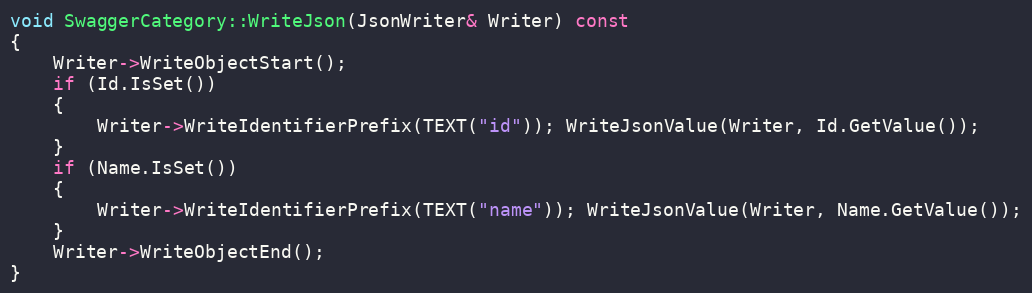
Language: C++
void SwaggerCategory::WriteJson(JsonWriter& Writer) const
{
	Writer->WriteObjectStart();
	if (Id.IsSet())
	{
		Writer->WriteIdentifierPrefix(TEXT("id")); WriteJsonValue(Writer, Id.GetValue());
	}
	if (Name.IsSet())
	{
		Writer->WriteIdentifierPrefix(TEXT("name")); WriteJsonValue(Writer, Name.GetValue());
	}
	Writer->WriteObjectEnd();
}